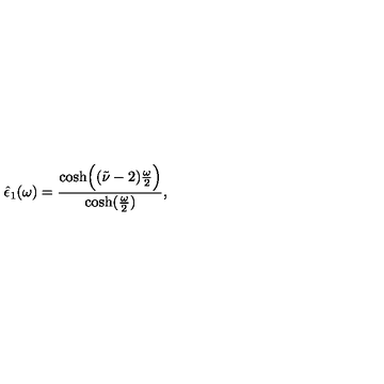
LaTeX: \hat { \epsilon } _ { 1 } ( \omega ) = { \frac { \cosh \Bigl ( ( \tilde { \nu } - 2 ) { \frac { \omega } { 2 } } \Bigr ) } { \cosh ( { \frac { \omega } { 2 } } ) } } ,